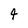
Character: 4